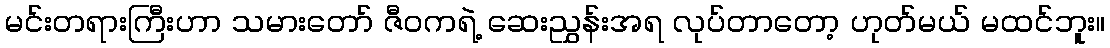
မင်းတရားကြီးဟာ သမားတော် ဇီဝကရဲ့ ဆေးညွှန်းအရ လုပ်တာတော့ ဟုတ်မယ် မထင်ဘူး။